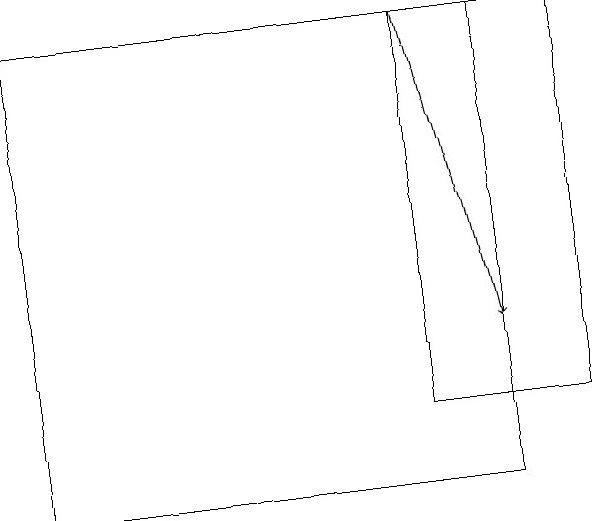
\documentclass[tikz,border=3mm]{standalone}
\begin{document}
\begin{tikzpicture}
\draw (8,12) rectangle (6,17);
\draw[->] (6,17) -- (7,13);
\draw (7,11) rectangle (1,17);
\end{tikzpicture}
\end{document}